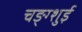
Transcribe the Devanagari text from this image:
चङ्ग्शुई